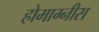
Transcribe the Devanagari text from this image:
होमाग्नीस